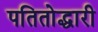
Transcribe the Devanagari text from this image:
पतितोद्धारी